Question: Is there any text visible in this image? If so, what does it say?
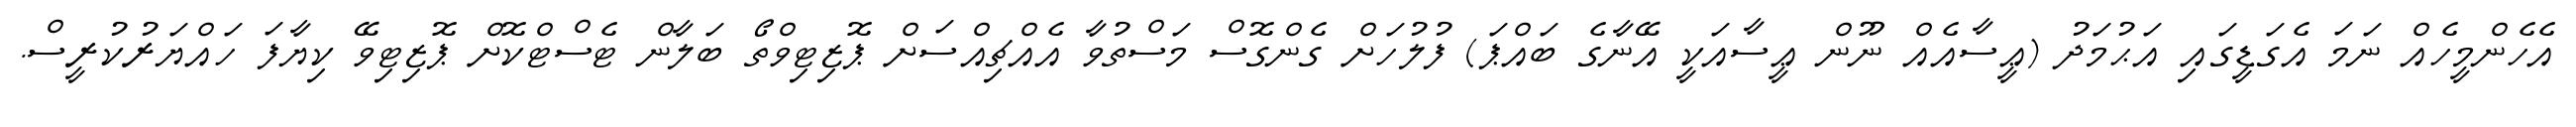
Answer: އެހެންމީހެއް ނަމަ އެގަޑީގައި އަޙުމަދު (ޢީސާއެއް ނޫން ޢީސާއަކީ އޭނާގެ ބައްޕަ) ފުލުހަށް ގެންގޮސް މަސްތުވާ އެއްޗިއްސަށް ޕޮޒިޓިވްތޯ ބަލާން ޓެސްޓްކޮށް ޕޮޒިޓިވޭ ކިޔާފަ ހައްޔަރުކުރީސް.